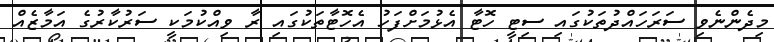
މިދެންނެވި ސަރަހައްދުތަކުގައި ސިޓީ ހޮޓާ އެޅުމަށްފަހު އެހޮޓާތަކުގައި ރާ ވިއްކުމަކީ ސަރުކާރުގެ އަމާޒެއް